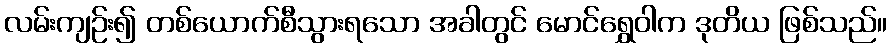
လမ်းကျဉ်း၍ တစ်ယောက်စီသွားရသော အခါတွင် မောင်ရွှေဝါက ဒုတိယ ဖြစ်သည်။